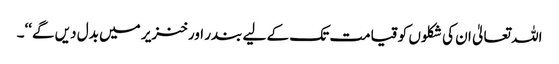
اللہ تعالیٰ ان کی شکلوں کو قیامت تک کے لیے بندر اور خنزیر میں بدل دیں گے‘‘۔